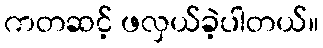
ကတဆင့် ဖလှယ်ခဲ့ပါတယ်။